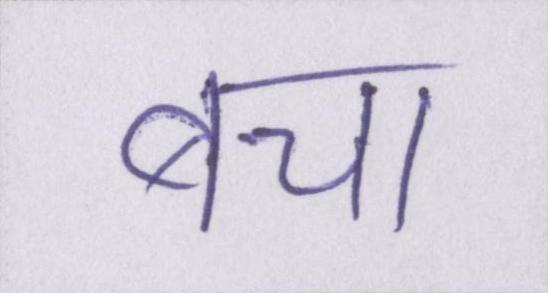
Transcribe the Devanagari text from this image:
बचा